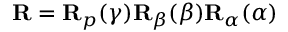
\begin{array} { r } { \mathbf { R } = \mathbf { R } _ { p } ( \gamma ) \mathbf { R } _ { \beta } ( \beta ) \mathbf { R } _ { \alpha } ( \alpha ) } \end{array}